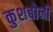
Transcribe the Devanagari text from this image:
कुशबोनी